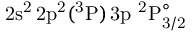
\mathrm { 2 s ^ { 2 } \, 2 p ^ { 2 } ( ^ { 3 } P ) \, 3 p ~ ^ { 2 } P _ { 3 / 2 } ^ { \circ } }